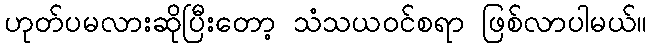
ဟုတ်ပမလားဆိုပြီးတော့ သံသယဝင်စရာ ဖြစ်လာပါမယ်။